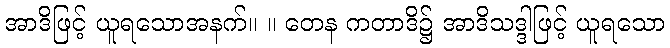
အာဒိဖြင့် ယူရသောအနက်။ ။ တေန ကတာဒိ၌ အာဒိသဒ္ဒါဖြင့် ယူရသော